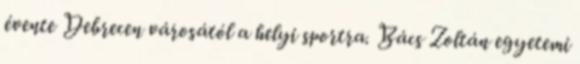
évente Debrecen városától a helyi sportra. Bács Zoltán egyetemi